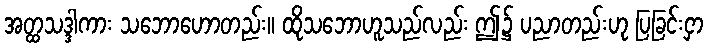
အတ္ထသဒ္ဒါကား သဘောဟောတည်း။ ထိုသဘောဟူသည်လည်း ဤ၌ ပညာတည်းဟု ပြခြင်းငှာ